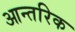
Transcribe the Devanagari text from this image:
आन्‍तरिक